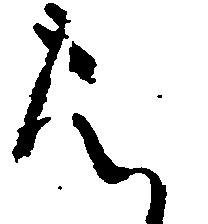
は